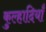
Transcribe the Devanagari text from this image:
कुल्हादियाँ